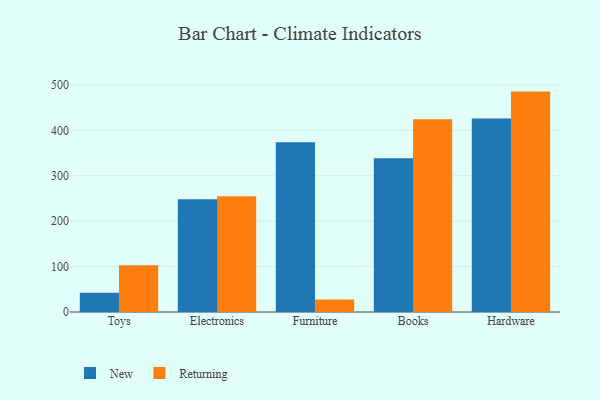
{"axis": {"x": "Category", "y": "Website Visitors"}, "legend": ["New", "Returning"], "data": [{"x": "Toys", "y": 42.4, "type": "New"}, {"x": "Toys", "y": 103.2, "type": "Returning"}, {"x": "Electronics", "y": 248.4, "type": "New"}, {"x": "Electronics", "y": 254.6, "type": "Returning"}, {"x": "Furniture", "y": 373.8, "type": "New"}, {"x": "Furniture", "y": 27.6, "type": "Returning"}, {"x": "Books", "y": 338.6, "type": "New"}, {"x": "Books", "y": 424.2, "type": "Returning"}, {"x": "Hardware", "y": 426.1, "type": "New"}, {"x": "Hardware", "y": 485.3, "type": "Returning"}]}